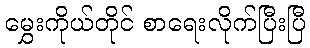
မွှေးကိုယ်တိုင် စာရေးလိုက်ပြီးပြီ